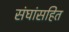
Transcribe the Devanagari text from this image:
संघांसहित